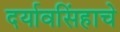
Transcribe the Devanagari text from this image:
दर्यावसिंहाचे